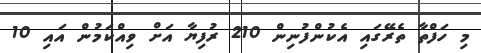
މި ހަފްތާ ތެރޭގައި އެކުންފުނިން 210 ރުފިޔާ އަށް ވިއްކަމުން އައި 10